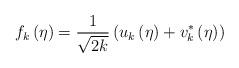
LaTeX: \begin{align*}f_{k}\left( \eta \right) =\frac{1}{\sqrt{2k}}\left( u_{k}\left( \eta \right)+v_{k}^{\ast }\left( \eta \right) \right)\end{align*}